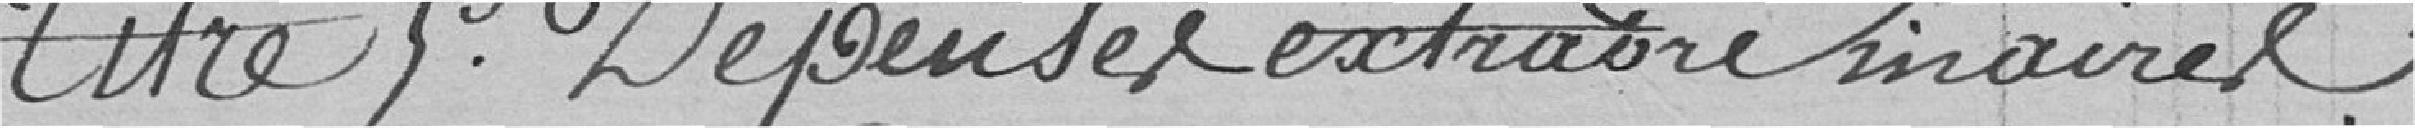
Titres Dépenses extraordinaires